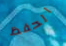
الحفظ